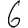
Digit: 6